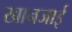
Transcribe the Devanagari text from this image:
खानजाई